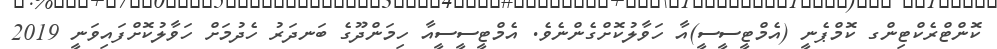
ކޮންޓްރެކްޓިންގ ކޮމްޕެނީ (އެމްޓީސީސީ)އާ ހަވާލުކޮށްގެންނެވެ. އެމްޓީސީސީއާ ހިމަންދޫގެ ބަނދަރު ހެދުމަށް ހަވާލުކޮށްފައިވަނީ 2019